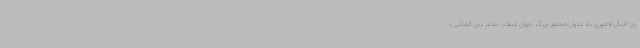
روز اقبال لاهوری به عنوان محقق بزرگ جهان اسلام، شاعر بین المللی و